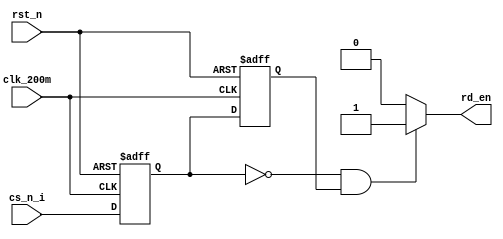
`timescale 1ns / 1ps
//////////////////////////////////////////////////////////////////////////////////
// Company: 
// Engineer: 
// 
// Design Name: 
// Module Name: detect_module
// Project Name: 
// Target Devices: 
// Tool Versions: 
// Description: 
// 
// Dependencies: 
// 
// Revision:
// Revision 0.01 - File Created
// Additional Comments:
// 
//////////////////////////////////////////////////////////////////////////////////


module detect_module(
    input       clk_200m    ,
    input       rst_n       ,
    input       cs_n_i      ,
    
    output      rd_en       
    
    );
    
    reg	spi_cs_r0,	spi_cs_r1;
  reg	spi_sck_r0,	spi_sck_r1;
    always @ ( posedge clk_200m or negedge rst_n )
    begin
	if ( !rst_n )
		begin
			spi_cs_r0	<= 1'b1;		
			spi_cs_r1	<= 1'b1;
		end
	else
		begin
			spi_cs_r0	<= cs_n_i;		
			spi_cs_r1	<= spi_cs_r0;
		end
    end

wire	mcu_cs	= spi_cs_r1;
wire	mcu_write_done = ( spi_cs_r0 & ~spi_cs_r1 ) ? 1'b1 : 1'b0;	//cs posedge capture
wire	mcu_write_start = ( ~spi_cs_r0 & spi_cs_r1 ) ? 1'b1 : 1'b0;	//cs negedge capture

assign rd_en = mcu_write_start;
    
endmodule